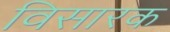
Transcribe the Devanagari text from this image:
विसारक